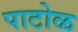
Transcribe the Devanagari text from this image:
पाटोळ